Vaccine operations Central Provinces 1886-1899 - 1886-1899
Year: 1886
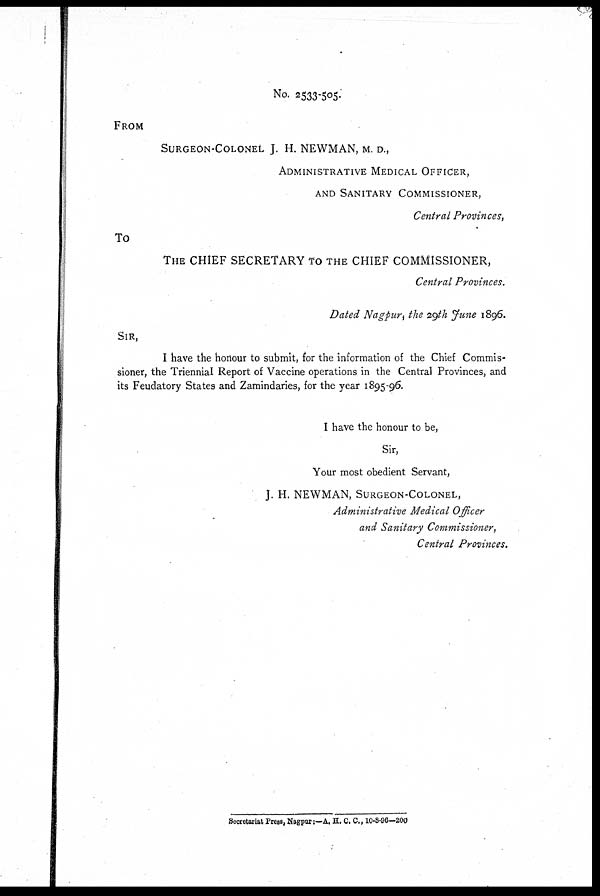
No. 2533-505.
FROM
SURGEON-COLONEL J. H. NEWMAN, M. D.,
ADMINISTRATIVE MEDICAL OFFICER,
AND SANITARY COMMISSIONER,
Central Provinces,
To
THE CHIEF SECRETARY TO THE CHIEF COMMISSIONER,
Central Provinces.
Dated Nagpur, the 29th June 1896.
SIR,
I have the honour to submit, for the information of the Chief Commis-
sioner, the Triennial Report of Vaccine operations in the Central Provinces, and
its Feudatory States and Zamindaries, for the year 1895-96.
I have the honour to be,
Sir,
Your most obedient Servant,
J. H. NEWMAN, SURGEON-COLONEL,
Administrative Medical Officer
and Sanitary Commissioner,
Central Provinces,
Secretariat Press, Nagpur;—A. H. C. C., 10-8-96-200